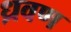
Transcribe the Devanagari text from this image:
ध्रवण